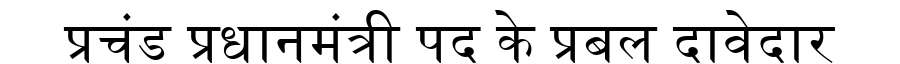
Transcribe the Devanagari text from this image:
प्रचंड प्रधानमंत्री पद के प्रबल दावेदार